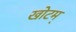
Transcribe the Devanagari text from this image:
खोटम्